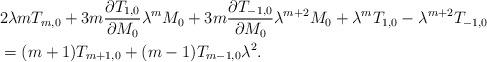
LaTeX: \begin{align*} &2\lambda mT_{m,0}+3m\frac{\partial T_{1,0}}{\partial M_0}\lambda^mM_0+3m\frac{\partial T_{-1,0}}{\partial M_0}\lambda^{m+2}M_0+\lambda^mT_{1,0}-\lambda^{m+2}T_{-1,0}\\ &=(m+1)T_{m+1,0}+(m-1)T_{m-1,0}\lambda^2. \end{align*}